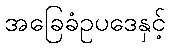
အခြေခံဥပဒေနှင့်